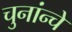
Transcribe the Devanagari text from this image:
चुनांन्चे